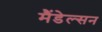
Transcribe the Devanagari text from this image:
मैंडेल्सन